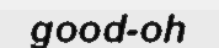
good-oh